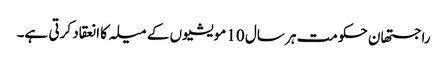
راجستھان حکومت ہر سال 10 مویشیوں کے میلہ کا انعقاد کرتی ہے۔